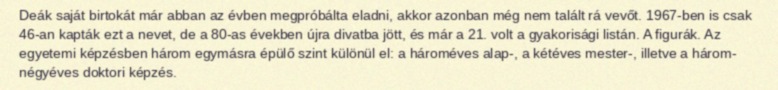
Deák saját birtokát már abban az évben megpróbálta eladni, akkor azonban még nem talált rá vevőt. 1967-ben is csak 46-an kapták ezt a nevet, de a 80-as években újra divatba jött, és már a 21. volt a gyakorisági listán. A figurák. Az egyetemi képzésben három egymásra épülő szint különül el: a hároméves alap-, a kétéves mester-, illetve a három- négyéves doktori képzés.